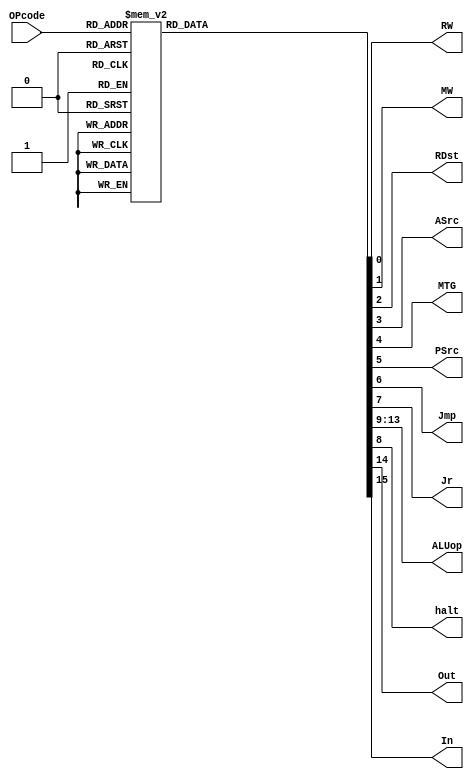
module UnidadeDeControle (OPcode, RW, MW, RDst, ASrc, MTG, PSrc, Jmp, Jr, ALUop, halt, Out,In);

	input [5:0] OPcode;
	output reg RW, MW, RDst, ASrc, MTG, PSrc, Jmp, Jr, halt, Out, In;
	output reg [4:0] ALUop;
	
	always @(*)
		begin
			case (OPcode)
				
                6'b000000: //add
						begin
							RW = 1'b1;
							MW = 1'b0;
							RDst = 1'b1;
							ASrc = 1'b0;
							MTG = 1'b0;
							PSrc = 1'b0;
							Jmp = 1'b0;
							Jr = 1'b0;
							halt = 1'b0;
							ALUop = 5'b00000;
							Out = 1'b0;
							In = 1'b0;
						end
						
						6'b000001: //addi
						begin
							RW = 1'b1;
							MW = 1'b0;
							RDst = 1'b0;
							ASrc = 1'b1;
							MTG = 1'b0;
							PSrc = 1'b0;
							Jmp = 1'b0;
							Jr = 1'b0;
							halt = 1'b0;
							ALUop = 5'b00000;
							Out = 1'b0;
							In = 1'b0;					
						end
						
						6'b000010: //sub
						begin
							RW = 1'b1;
							MW = 1'b0;
							RDst = 1'b1;
							ASrc = 1'b0;
							MTG = 1'b0;
							PSrc = 1'b0;
							Jmp = 1'b0;
							Jr = 1'b0;
							halt = 1'b0;
							ALUop = 5'b00001;	
							Out = 1'b0;
							In = 1'b0;
						end
						
						6'b000011: //subi
						begin
							RW = 1'b1;
							MW = 1'b0;
							RDst = 1'b0;
							ASrc = 1'b1;
							MTG = 1'b0;
							PSrc = 1'b0;
							Jmp = 1'b0;
							Jr = 1'b0;
							halt = 1'b0;
							ALUop = 5'b00001;
							Out = 1'b0;
							In = 1'b0;
						end
						
						6'b000100: //mod
						begin
							RW = 1'b1;
							MW = 1'b0;
							RDst = 1'b1;
							ASrc = 1'b0;
							MTG = 1'b0;
							PSrc = 1'b0;
							Jmp = 1'b0;
							Jr = 1'b0;
							halt = 1'b0;
							ALUop = 5'b01110;
							Out = 1'b0;
							In = 1'b0;
						end
						
						6'b000101: //beq
						begin
							RW = 1'b1;
							MW = 1'b0;
							RDst = 1'b0;
							ASrc = 1'b0;
							MTG = 1'b0;
							PSrc = 1'b1;
							Jmp = 1'b0;
							Jr = 1'b0;
							halt = 1'b0;
							ALUop = 5'b01011;
							Out = 1'b0;
							In = 1'b0;
						end
						
						6'b000110: //bne
						begin
							RW = 1'b0;
							MW = 1'b0;
							RDst = 1'b0;
							ASrc = 1'b0;
							MTG = 1'b0;
							PSrc = 1'b1;
							Jmp = 1'b0;
							Jr = 1'b0;
							halt = 1'b0;
							ALUop = 5'b01000;
							Out = 1'b0;
							In = 1'b0;
						end
						
						6'b000111: //bgt
						begin
							RW = 1'b0;
							MW = 1'b0;
							RDst = 1'b0;
							ASrc = 1'b0;
							MTG = 1'b0;
							PSrc = 1'b1;
							Jmp = 1'b0;
							Jr = 1'b0;
							halt = 1'b0;
							ALUop = 5'b01010;
							Out = 1'b0;
							In = 1'b0;
						end
						
						6'b001000: //blt
						begin
							RW = 1'b0;
							MW = 1'b0;
							RDst = 1'b0;
							ASrc = 1'b0;
							MTG = 1'b0;
							PSrc = 1'b1;
							Jmp = 1'b0;
							Jr = 1'b0;
							halt = 1'b0;
							ALUop = 5'b01001;
							Out = 1'b0;
							In = 1'b0;
						end
						
						6'b001001: //beqz
						begin
							RW = 1'b1;
							MW = 1'b0;
							RDst = 1'b0;
							ASrc = 1'b0;
							MTG = 1'b0;
							PSrc = 1'b1;
							Jmp = 1'b0;
							Jr = 1'b0;
							halt = 1'b0;
							ALUop = 5'b01011;
							Out = 1'b0;
							In = 1'b0;
						end
						
						6'b001010: //bnez
						begin
							RW = 1'b0;
							MW = 1'b0;
							RDst = 1'b0;
							ASrc = 1'b0;
							MTG = 1'b0;
							PSrc = 1'b1;
							Jmp = 1'b0;
							Jr = 1'b0;
							halt = 1'b0;
							ALUop = 5'b01000;
							Out = 1'b0;
							In = 1'b0;
						end
						
						6'b001011: //bgtz
						begin
							RW = 1'b0;
							MW = 1'b0;
							RDst = 1'b0;
							ASrc = 1'b0;
							MTG = 1'b0;
							PSrc = 1'b1;
							Jmp = 1'b0;
							halt = 1'b0;
							Jr = 1'b0;
							ALUop = 5'b01010;
							Out = 1'b0;
							In = 1'b0;
						end
						
						6'b001100: //mul
						begin
							RW = 1'b1;
							MW = 1'b0;
							RDst = 1'b1;
							ASrc = 1'b0;
							MTG = 1'b0;
							PSrc = 1'b0;
							Jmp = 1'b0;
							Jr = 1'b0;
							halt = 1'b0;
							ALUop = 5'b01111;
							Out = 1'b0;
							In = 1'b0;
						end
						
						6'b001101: //jump
						begin
							RW = 1'b0;
							MW = 1'b0;
							RDst = 1'b0;
							ASrc = 1'b0;
							MTG = 1'bx;
							PSrc = 1'b0;
							Jmp = 1'b1;
							Jr = 1'b0;
							halt = 1'b0;
							ALUop = 5'bxxxxx;
							Out = 1'b0;
							In = 1'b0;
						end
						
						6'b001110: //jr
						begin
							RW = 1'b0;
							MW = 1'b0;
							RDst = 1'b0;
							ASrc = 1'b0;
							MTG = 1'bx;
							PSrc = 1'b0;
							Jmp = 1'b0;
							Jr = 1'b1;
							halt = 1'b0;
							ALUop = 5'bxxxxx;
							Out = 1'b0;
							In = 1'b0;
						end
						
						6'b001111: //load
						begin
							RW = 1'b1;
							MW = 1'b0;
							RDst = 1'b0;
							ASrc = 1'b1;
							MTG = 1'b1;
							PSrc = 1'b0;
							Jmp = 1'b0;
							Jr = 1'b0;
							halt = 1'b0;
							ALUop = 5'b00000;
							Out = 1'b0;
							In = 1'b0;
						end
						
						6'b010000: //ldi
						begin
							RW = 1'b1;
							MW = 1'b0;
							RDst = 1'b0;
							ASrc = 1'b1;
							MTG = 1'b0;
							PSrc = 1'b0;
							Jmp = 1'b0;
							Jr = 1'b0;
							halt = 1'b0;
							ALUop = 5'b00000;
							Out = 1'b0;
							In = 1'b0;
						end
						
						6'b010001: //store
						begin
							RW = 1'b0;
							MW = 1'b1;
							RDst = 1'b0;
							ASrc = 1'b1;
							MTG = 1'b0;
							PSrc = 1'b0;
							Jmp = 1'b0;
							Jr = 1'b0;
							halt = 1'b0;
							ALUop = 5'b00000;
							Out = 1'b0;
							In = 1'b0;
						end
						
						6'b010010: //slt
						begin
							RW = 1'b1;
							MW = 1'b0;
							RDst = 1'b1;
							ASrc = 1'b0;
							MTG = 1'b0;
							PSrc = 1'b0;
							Jmp = 1'b0;
							Jr = 1'b0;
							halt = 1'b0;
							ALUop = 5'b01001;
							Out = 1'b0;
							In = 1'b0;
						end
						
						6'b010011: //slti
						begin
							RW = 1'b1;
							MW = 1'b0;
							RDst = 1'b0;
							ASrc = 1'b1;
							MTG = 1'b0;
							PSrc = 1'b0;
							Jmp = 1'b0;
							Jr = 1'b0;
							halt = 1'b0;
							ALUop = 5'b01001;
							Out = 1'b0;
							In = 1'b0;
						end
						
						
						6'b010100: //and
						begin
							RW = 1'b1;
							MW = 1'b0;
							RDst = 1'b1;
							ASrc = 1'b0;
							MTG = 1'b0;
							PSrc = 1'b0;
							Jmp = 1'b0;
							Jr = 1'b0;
							halt = 1'b0;
							ALUop = 5'b00011;
							Out = 1'b0;
							In = 1'b0;
						end
						
						6'b010101: //or
						begin
							RW = 1'b1;
							MW = 1'b0;
							RDst = 1'b1;
							ASrc = 1'b0;
							MTG = 1'b0;
							PSrc = 1'b0;
							Jmp = 1'b0;
							Jr = 1'b0;
							halt = 1'b0;
							ALUop = 5'b00100;
							Out = 1'b0;
							In = 1'b0;
						end
						
						6'b010110: //xor
						begin
							RW = 1'b1;
							MW = 1'b0;
							RDst = 1'b1;
							ASrc = 1'b0;
							MTG = 1'b0;
							PSrc = 1'b0;
							Jmp = 1'b0;
							Jr = 1'b0;
							halt = 1'b0;
							ALUop = 5'b00101;
							Out = 1'b0;
							In = 1'b0;
						end
						
						6'b011001: //shl
						begin
							RW = 1'b1;
							MW = 1'b0;
							RDst = 1'b0;
							ASrc = 1'bx;
							MTG = 1'b0;
							PSrc = 1'b0;
							Jmp = 1'b0;
							Jr = 1'b0;
							halt = 1'b0;
							ALUop = 5'b00110;
							Out = 1'b0;
							In = 1'b0;
						end
						
						6'b011010: //shr
						begin
							RW = 1'b1;
							MW = 1'b0;
							RDst = 1'b0;
							ASrc = 1'bx;
							MTG = 1'b0;
							PSrc = 1'b0;
							Jmp = 1'b0;
							Jr = 1'b0;
							halt = 1'b0;
							ALUop = 5'b00111;	
							Out = 1'b0;
							In = 1'b0;
						end
						
						
						6'b011011: //nop
						begin
							RW = 1'b0;
							MW = 1'b0;
							RDst = 1'b0;
							ASrc = 1'b0;
							MTG = 1'b0;
							PSrc = 1'b0;
							Jmp = 1'b0;
							Jr = 1'b0;
							halt = 1'b0;
							ALUop = 5'bxxxxx;	
							Out = 1'b0;
							In = 1'b0;
						end
						
						6'b011100: //halt
						begin
							RW = 1'b0;
							MW = 1'b0;
							RDst = 1'b0;
							ASrc = 1'b0;
							MTG = 1'b0;
							PSrc = 1'b0;
							Jmp = 1'b0;
							Jr = 1'b0;
							halt = 1'b1;
							ALUop = 5'bxxxxx;
							Out = 1'b0;
							In = 1'b0;
						end
						
						6'b011000: //out
						begin
							RW = 1'b0;
							MW = 1'b0;
							RDst = 1'b0;
							ASrc = 1'b0;
							MTG = 1'b0;
							PSrc = 1'b0;
							Jmp = 1'b0;
							Jr = 1'b0;
							halt = 1'b0;
							ALUop = 5'bxxxxx;
							Out = 1'b1;
							In = 1'b0;
						end
						
						6'b010111: //in
						begin
							RW = 1'b0;
							MW = 1'b0;
							RDst = 1'b0;
							ASrc = 1'b0;
							MTG = 1'b0;
							PSrc = 1'b0;
							Jmp = 1'b0;
							Jr = 1'b0;
							halt = 1'b0;
							ALUop = 5'b00000;
							Out = 1'b0;
							In = 1'b1;
						end
						
					6'b011110: //sgt
						begin
							RW = 1'b1;
							MW = 1'b0;
							RDst = 1'b1;
							ASrc = 1'b0;
							MTG = 1'b0;
							PSrc = 1'b0;
							Jmp = 1'b0;
							Jr = 1'b0;
							halt = 1'b0;
							ALUop = 5'b01010;
							Out = 1'b0;
							In = 1'b0;
						end
						
					6'b011111: //sle
						begin
							RW = 1'b1;
							MW = 1'b0;
							RDst = 1'b1;
							ASrc = 1'b0;
							MTG = 1'b0;
							PSrc = 1'b0;
							Jmp = 1'b0;
							Jr = 1'b0;
							halt = 1'b0;
							ALUop = 5'b01101;
							Out = 1'b0;
							In = 1'b0;
						end
						
					6'b100000: //sge
						begin
							RW = 1'b1;
							MW = 1'b0;
							RDst = 1'b1;
							ASrc = 1'b0;
							MTG = 1'b0;
							PSrc = 1'b0;
							Jmp = 1'b0;
							Jr = 1'b0;
							halt = 1'b0;
							ALUop = 5'b01100;
							Out = 1'b0;
							In = 1'b0;
						end
						
						
					6'b100001: //div
						begin
							RW = 1'b1;
							MW = 1'b0;
							RDst = 1'b1;
							ASrc = 1'b0;
							MTG = 1'b0;
							PSrc = 1'b0;
							Jmp = 1'b0;
							Jr = 1'b0;
							halt = 1'b0;
							ALUop = 5'b10000;
							Out = 1'b0;
							In = 1'b0;
						end
						
						6'b011101: //move
						begin
							RW = 1'b1;
							MW = 1'b0;
							RDst = 1'b0;
							ASrc = 1'b1;
							MTG = 1'b0;
							PSrc = 1'b0;
							Jmp = 1'b0;
							Jr = 1'b0;
							halt = 1'b0;
							ALUop = 5'b00000;
							Out = 1'b0;
							In = 1'b0;	
						end
						
						
					default: 
						begin
							RW = 1'b0;
							MW = 1'b0;
							RDst = 1'b0;
							ASrc = 1'b0;
							MTG = 1'b0;
							PSrc = 1'b0;
							Jmp = 1'b0;
							Jr = 1'b0;
							ALUop = 5'b00000;
							halt = 1'b0;
							Out = 1'b0;
							In = 1'b0;
						end
						
				endcase
				
			end
endmodule